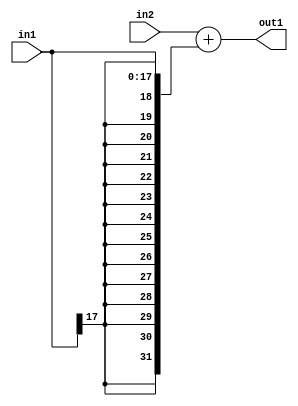
`timescale 1ps / 1ps
/*****************************************************************************
    Verilog RTL Description
    
    
    Created by: Stratus DpOpt 2019.1.01 
*******************************************************************************/

module mac_Add_32Sx18S_32S_4_5 (
	in2,
	in1,
	out1
	); /* architecture "behavioural" */ 
input [31:0] in2;
input [17:0] in1;
output [31:0] out1;
wire [31:0] asc001;

assign asc001 = 
	+(in2)
	+({{14{in1[17]}}, in1});

assign out1 = asc001;
endmodule

/* CADENCE  ubL1TAs= : u9/ySgnWtBlWxVPRXgAZ4Og= ** DO NOT EDIT THIS LINE ******/